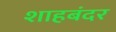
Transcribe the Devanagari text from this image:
शाहबंदर